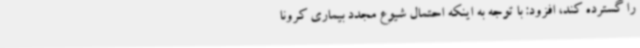
را گسترده کند، افزود: با توجه به اینکه احتمال شیوع مجدد بیماری کرونا